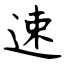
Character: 速